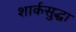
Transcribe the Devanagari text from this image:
शार्कसुद्धा